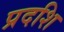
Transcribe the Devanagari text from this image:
प्रदशि